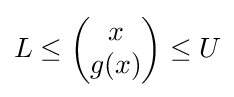
L\leq {\begin{pmatrix}x\\g(x)\end{pmatrix}}\leq U